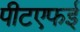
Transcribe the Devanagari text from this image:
पीटएफई